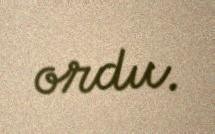
ordu.